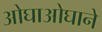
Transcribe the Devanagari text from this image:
ओघाओघाने